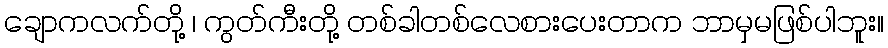
ချောကလက်တို့ ၊ ကွတ်ကီးတို့ တစ်ခါတစ်လေစားပေးတာက ဘာမှမဖြစ်ပါဘူး။